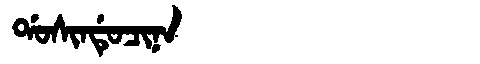
Manchu: ᡩᠣᠰᡳᠨᡩᡠᠴᡳᠨᠠ
Romanization: DOSINDUCINA